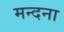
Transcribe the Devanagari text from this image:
मन्दना